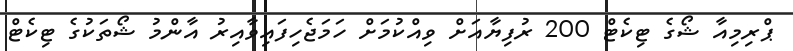
ޕްރިމިއާ ޝޯގެ ޓިކެޓް 200 ރުފިޔާއަށް ވިއްކުމަށް ހަމަޖެހިފައިވާއިރު އާންމު ޝޯތަކުގެ ޓިކެޓް